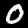
Digit: 0